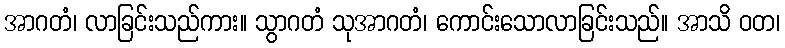
အာဂတံ၊ လာခြင်းသည်ကား။ သွာဂတံ သုအာဂတံ၊ ကောင်းသောလာခြင်းသည်။ အာသိ ဝတ၊